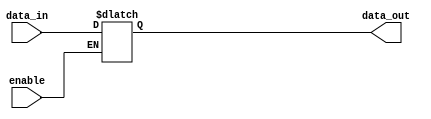
module buffer(
    input data_in,
    input enable,
    output reg data_out
);

always @(*) begin
    if(enable) begin
        data_out = data_in;
    end else begin
        data_out = data_out;
    end
end

endmodule